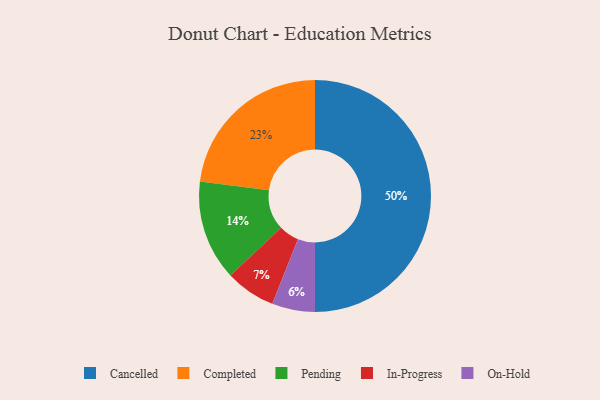
{"axis": {"x": "Category", "y": "Percentage"}, "legend": ["Cancelled", "Completed", "In-Progress", "On-Hold", "Pending"], "data": [{"x": "Completed", "y": 23, "type": "Completed"}, {"x": "In-Progress", "y": 7, "type": "In-Progress"}, {"x": "Cancelled", "y": 50, "type": "Cancelled"}, {"x": "On-Hold", "y": 6, "type": "On-Hold"}, {"x": "Pending", "y": 14, "type": "Pending"}]}